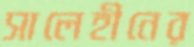
সালেহীনের